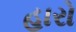
હારો